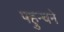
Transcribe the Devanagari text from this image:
पहुन्चने